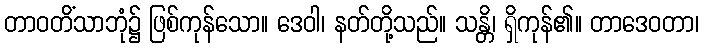
တာဝတိံသာဘုံ၌ ဖြစ်ကုန်သော။ ဒေဝါ၊ နတ်တို့သည်။ သန္တိ၊ ရှိကုန်၏။ တာဒေဝတာ၊